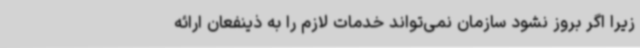
زیرا اگر بروز نشود سازمان نمی‌تواند خدمات لازم را به ذینفعان ارائه